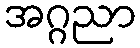
အဂ္ဂညာ